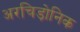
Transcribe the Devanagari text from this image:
अरचिड़ोनिक